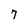
Character: 7